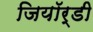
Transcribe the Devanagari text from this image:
जियॉर्डी